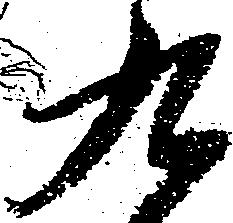
九